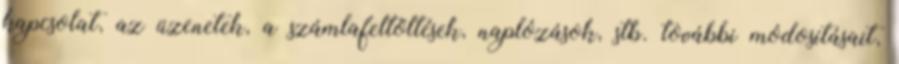
kapcsolat, az üzenetek, a számlafeltöltések, naplózások, stb. további módosításait,